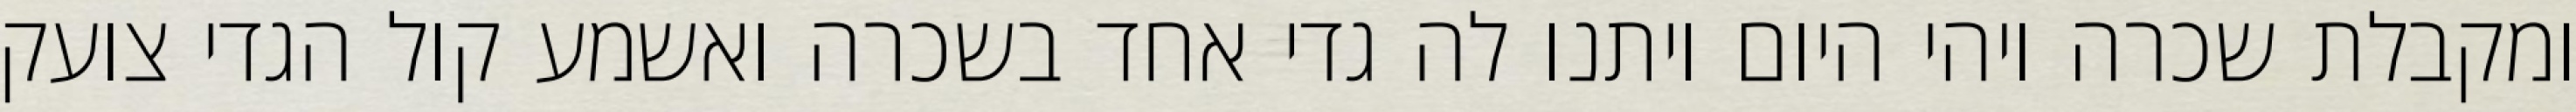
ומקבלת שכרה ויהי היום ויתנו לה גדי אחד בשכרה ואשמע קול הגדי צועק